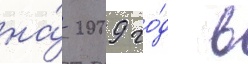
на́ 2009 го́д в